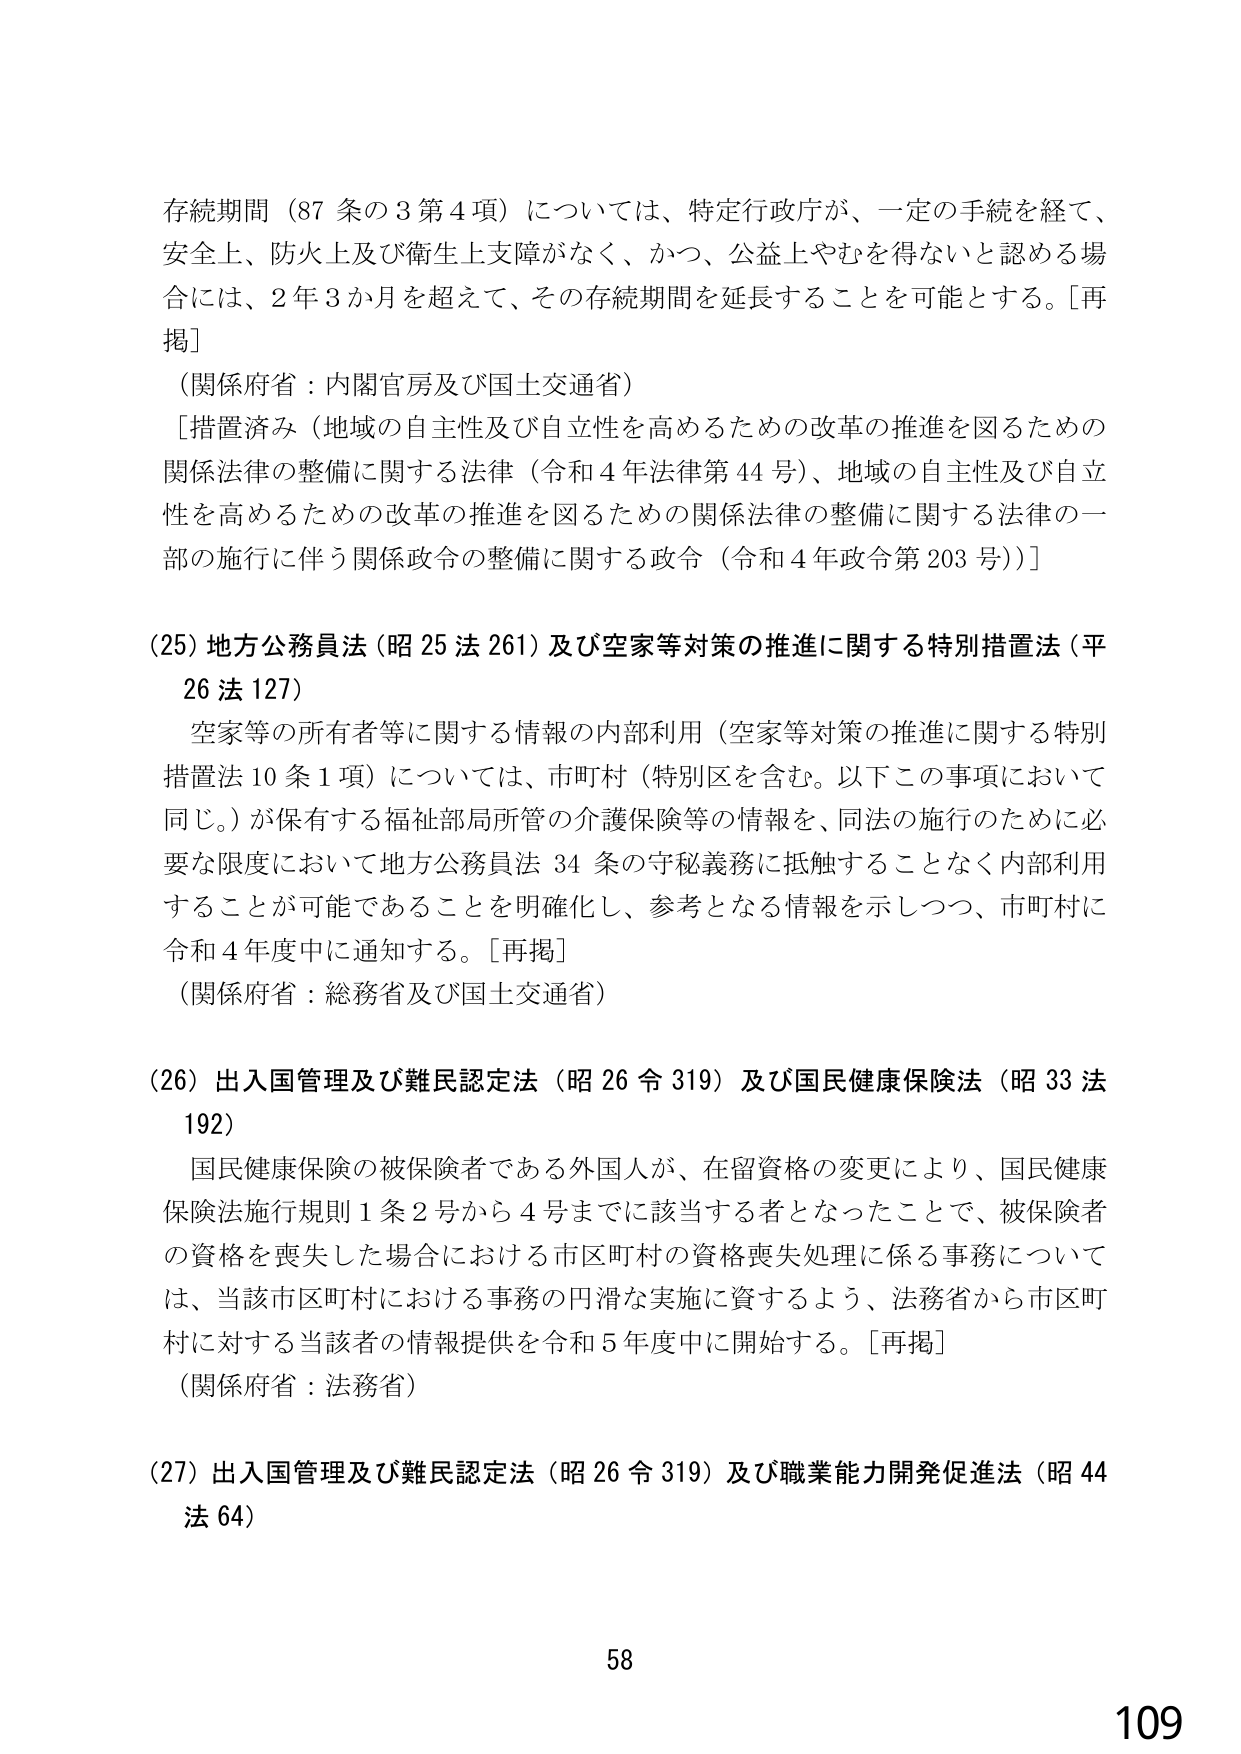
存続期間（87条の3第4項）については、特定行政庁が、一定の手続を経て、安全上、防火上及び衛生上支障がなく、かつ、公益上やむを得ないと認める場合には、2年3か月を超えて、その存続期間を延長することを可能とする。［再掲］

（関係府省：内閣官房及び国土交通省）

［措置済み（地域の自主性及び自立性を高めるための改革の推進を図るための関係法律の整備に関する法律（令和4年法律第44号）、地域の自主性及び自立性を高めるための改革の推進を図るための関係法律の整備に関する法律の一部の施行に伴う関係政令の整備に関する政令（令和4年政令第203号））］

（25）地方公務員法（昭25法261）及び空家等対策の推進に関する特別措置法（平26法127）

　空家等の所有者等に関する情報の内部利用（空家等対策の推進に関する特別措置法10条1項）については、市町村（特別区を含む。以下この事項において同じ。）が保有する福祉部局所管の介護保険等の情報を、同法の施行のために必要な限度において地方公務員法34条の守秘義務に抵触することなく内部利用することが可能であることを明確化し、参考となる情報を示しつつ、市町村に令和4年度中に通知する。［再掲］

（関係府省：総務省及び国土交通省）

（26）出入国管理及び難民認定法（昭26令319）及び国民健康保険法（昭33法192）

　国民健康保険の被保険者である外国人が、在留資格の変更により、国民健康保険法施行規則1条2号から4号までに該当する者となったことで、被保険者の資格を喪失した場合における市区町村の資格喪失処理に係る事務については、当該市区町村における事務の円滑な実施に資するよう、法務省から市区町村に対する当該者の情報提供を令和5年度中に開始する。［再掲］

（関係府省：法務省）

（27）出入国管理及び難民認定法（昭26令319）及び職業能力開発促進法（昭44法64）

58
109